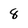
Character: 8